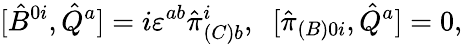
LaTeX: [\hat{B}^{0i},\hat{Q}^{a}]=i\varepsilon^{ab}\hat{\pi}_{(C)b}^{i},\; \; [\hat{\pi}_{(B)0i},\hat{Q}^{a}]=0,